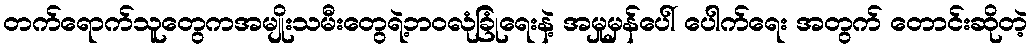
တက်ရောက်သူတွေကအမျိုးသမီးတွေရဲ့ဘဝလုံခြုံရေးနဲ့ အမှုမှန်ပေါ် ပေါက်ရေး အတွက် တောင်းဆိုတဲ့